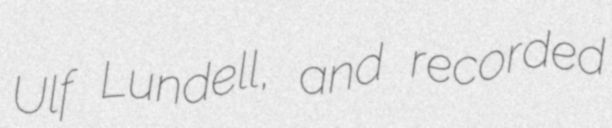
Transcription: Ulf Lundell, and recorded